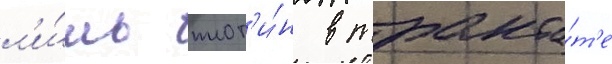
л'и́шь плот'и́н в тракта́т'е